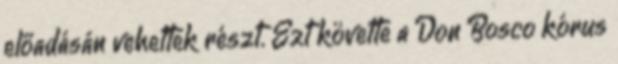
előadásán vehettek részt. Ezt követte a Don Bosco kórus